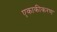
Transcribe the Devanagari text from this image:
एकाकीकरण